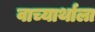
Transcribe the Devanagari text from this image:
वाच्यार्थाला